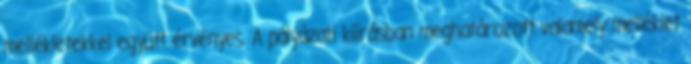
mellékletekkel együtt érvényes. A pályázati kiírásban meghatározott valamely melléklet